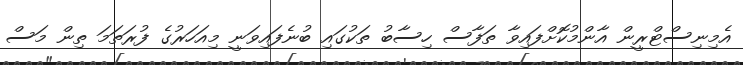
އެމިނިސްޓްރީން އާންމުކޮށްފައިވާ ތަފާސް ހިސާބު ތަކުގައި ބުނެފައިވަނީ މިއަހަރުގެ ފުރަތަމަ ތިން މަސް